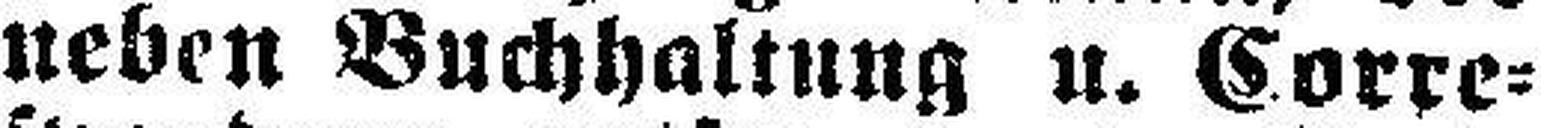
neben Buchhaltung u. Corre¬